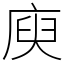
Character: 庾